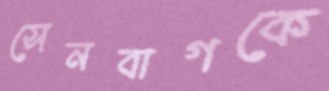
সেনবাগকে